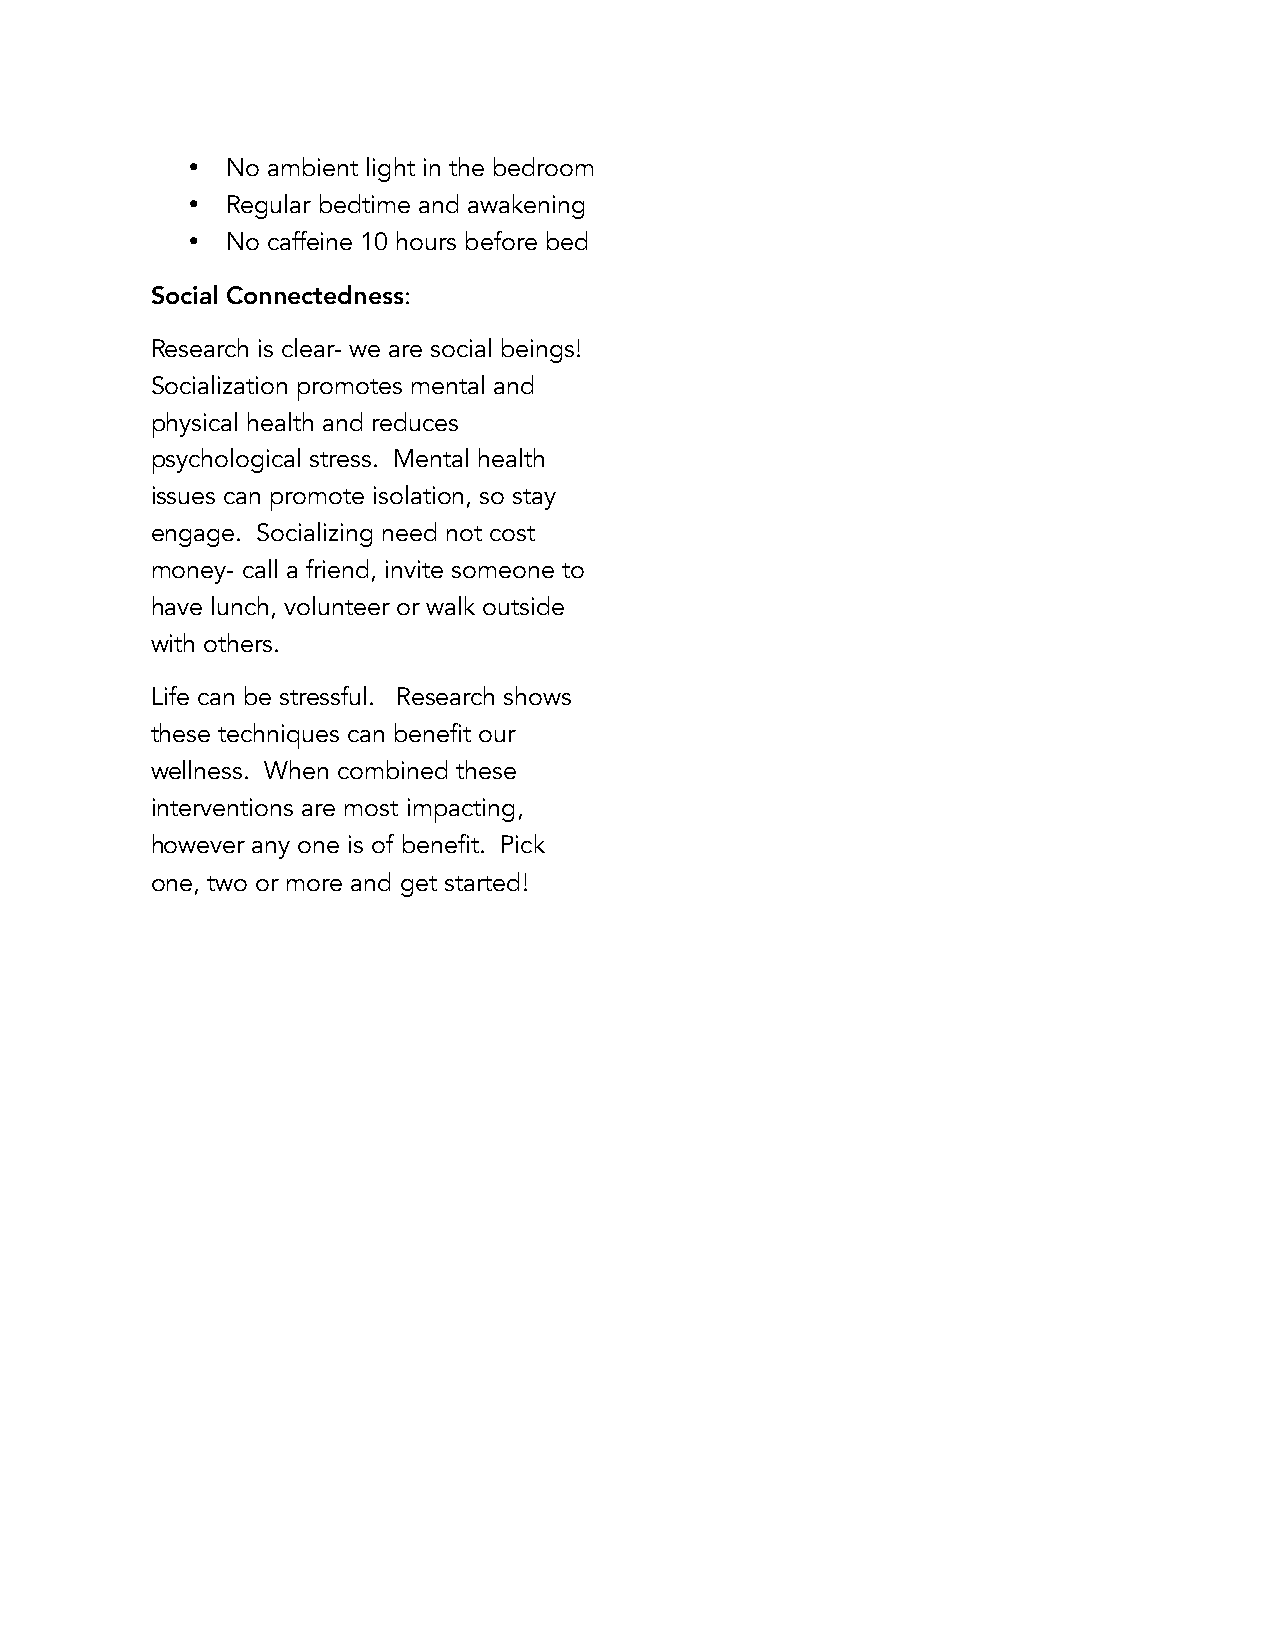
•  No ambient light in the bedroom
 •  Regular bedtime and awakening
 •  No caffeine 10 hours before bed
 Social Connectedness:
 Research is clear- we are social beings!
 Socialization promotes mental and
 physical health and reduces
 psychological stress. Mental health
 issues can promote isolation, so stay
 engage. Socializing need not cost
 money- call a friend, invite someone to
 have lunch, volunteer or walk outside
 with others.
 Life can be stressful. Research shows
 these techniques can benefit our
 wellness. When combined these
 interventions are most impacting,
 however any one is of benefit. Pick
 one, two or more and get started!